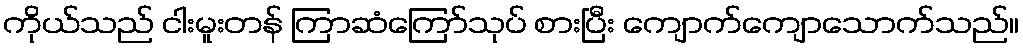
ကိုယ်သည် ငါးမူးတန် ကြာဆံကြော်သုပ် စားပြီး ကျောက်ကျောသောက်သည်။